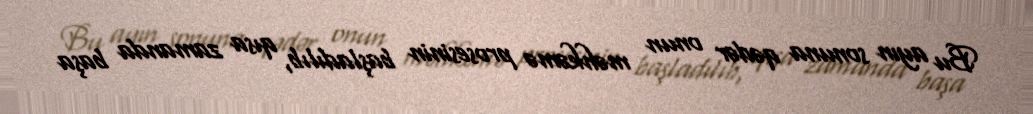
Bu ayın sonuna qədər onun məhkəmə prosesinin başladılıb, qısa zamanda başa